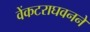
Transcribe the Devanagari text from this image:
वेंकटराघवनने